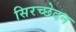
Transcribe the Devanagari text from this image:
सिरच्छेदन